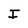
Character: I